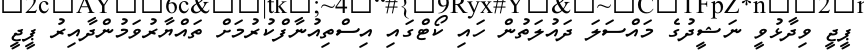
ޕީޖީ ވިދާޅުވީ ނަޝީދުގެ މައްސަލަ ދައުލަތުން ހައި ކޯޓްގައި އިސްތިއުނާފްކުރުމަށް ތައްޔާރުވަމުންދާއިރު ޕީޖީ